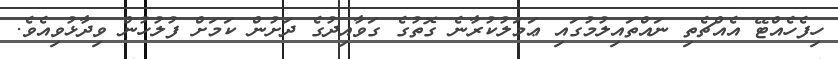
ހިފެހެއްޓޭ އެއްޗެތި ނައްތައިލުމުގައި ޢަމަލުކުރާނެ ގޮތުގެ ގަވާއިދުގެ ދަށުން ކަމަށް ފުލުހުން ވިދާޅުވިއެވެ.